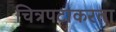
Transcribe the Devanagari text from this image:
चित्रपटाकरता